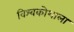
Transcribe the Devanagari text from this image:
विश्वकोशाला